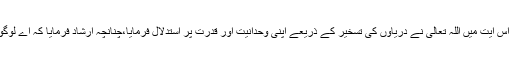
} اس آیت میں اللہ تعالیٰ نے دریاؤں کی تسخیر کے ذریعے اپنی وحدانیت اور قدرت پر استدلال فرمایا،چنانچہ ارشاد فرمایا کہ اے لوگو!